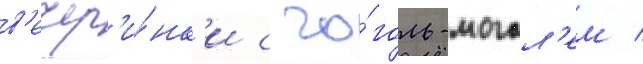
в'ечер'и́нк'и с го́голь-могол'ем /